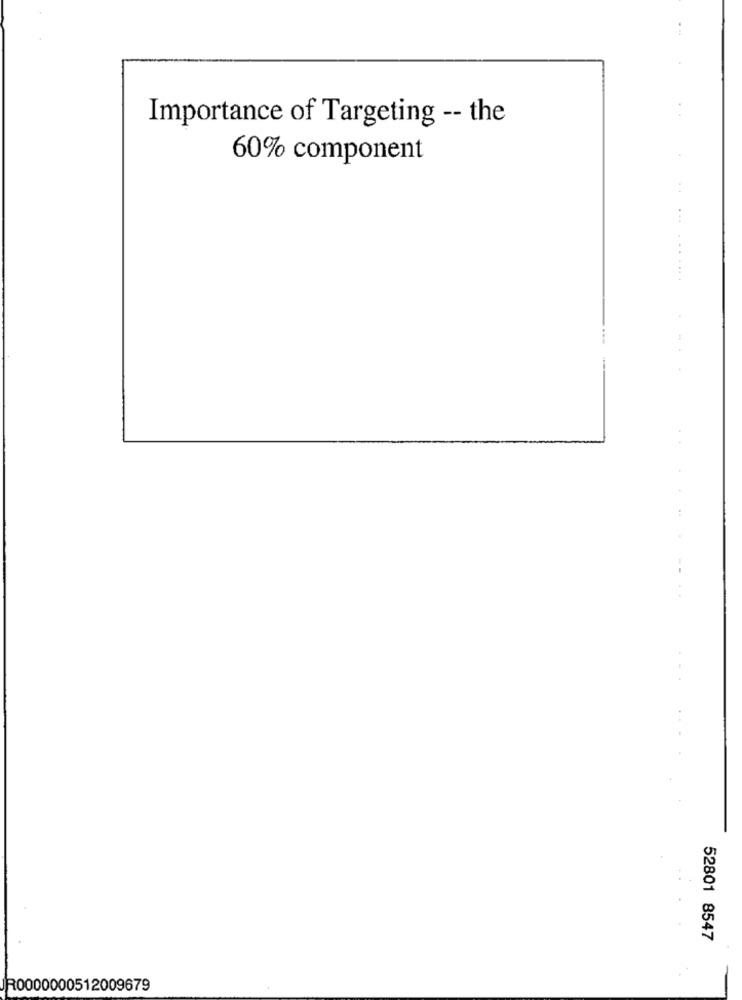
Importance of Targeting -- the
60% component
--
52801 8547
R0000000512009679